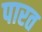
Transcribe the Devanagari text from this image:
पारत